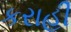
કરાહી